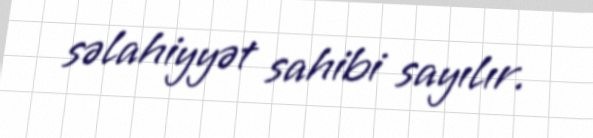
səlahiyyət sahibi sayılır.